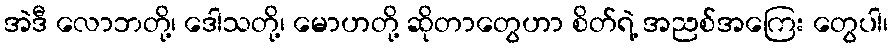
အဲဒီ လောဘတို့၊ ဒေါသတို့၊ မောဟတို့ ဆိုတာတွေဟာ စိတ်ရဲ့ အညစ်အကြေး တွေပါ၊